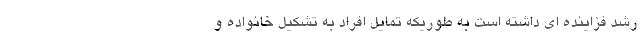
رشد فزاینده ای داشته است به طوریکه تمایل افراد به تشکیل خانواده و